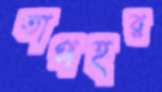
তাপহর